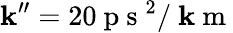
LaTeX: \mathbf{k}^{\prime\prime}=20\mathrm{{~p~s~}}^{2}/\mathrm{{~\mathbf{k}~m~}}